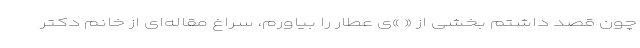
چون قصد داشتم بخشی از « »ی عطار را بیاورم، سراغ مقاله‌ای از خانم دکتر